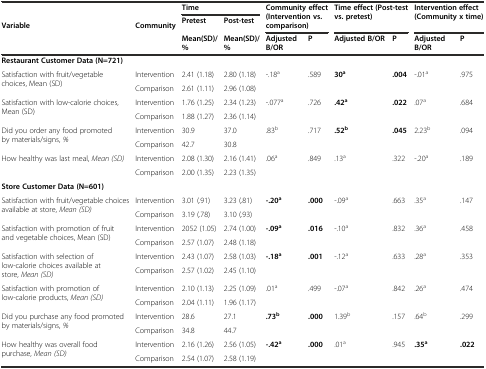
<table><thead><tr><td rowspan="2"><b>Variable</b></td><td rowspan="2"><b>Community</b></td><td colspan="2"><b>Time</b></td><td rowspan="2" colspan="2"><b>Community effect(Intervention vs. comparison)</b></td><td rowspan="2" colspan="2"><b>Time effect (Post-test vs. pretest)</b></td><td rowspan="2" colspan="2"><b>Intervention effect (Community x time)</b></td></tr><tr><td><b>Pretest</b></td><td><b>Post-test</b></td></tr><tr><td></td><td></td><td><b>Mean(SD)/%</b></td><td><b>Mean(SD)/%</b></td><td><b>Adjusted B/OR</b></td><td><b>P</b></td><td><b>Adjusted B/OR</b></td><td><b>P</b></td><td><b>Adjusted B/OR</b></td><td><b>P</b></td></tr></thead><tbody><tr><td><b>Restaurant Customer Data (N=721)</b></td><td></td><td></td><td></td><td></td><td></td><td></td><td></td><td></td><td></td></tr><tr><td rowspan="2">Satisfaction with fruit/vegetable choices, Mean (SD)</td><td>Intervention</td><td>2.41 (1.18)</td><td>2.80 (1.18)</td><td rowspan="2">-.18<sup>a</sup></td><td rowspan="2">.589</td><td rowspan="2"><b>30</b><sup><b>a</b></sup></td><td rowspan="2"><b>.004</b></td><td rowspan="2">-.01<sup>a</sup></td><td rowspan="2">.975</td></tr><tr><td>Comparison</td><td>2.61 (1.11)</td><td>2.96 (1.08)</td></tr><tr><td rowspan="2">Satisfaction with low-calorie choices, Mean (SD)</td><td>Intervention</td><td>1.76 (1.25)</td><td>2.34 (1.23)</td><td rowspan="2">-.077<sup>a</sup></td><td rowspan="2">.726</td><td rowspan="2"><b>.42</b><sup><b>a</b></sup></td><td rowspan="2"><b>.022</b></td><td rowspan="2">.07<sup>a</sup></td><td rowspan="2">.684</td></tr><tr><td>Comparison</td><td>1.88 (1.27)</td><td>2.36 (1.14)</td></tr><tr><td rowspan="2">Did you order any food promoted by materials/signs, <i>%</i></td><td>Intervention</td><td>30.9</td><td>37.0</td><td rowspan="2">.83<sup>b</sup></td><td rowspan="2">.717</td><td rowspan="2"><b>.52</b><sup><b>b</b></sup></td><td rowspan="2"><b>.045</b></td><td rowspan="2">2.23<sup>b</sup></td><td rowspan="2">.094</td></tr><tr><td>Comparison</td><td>42.7</td><td>30.8</td></tr><tr><td rowspan="2">How healthy was last meal, <i>Mean (SD)</i></td><td>Intervention</td><td>2.08 (1.30)</td><td>2.16 (1.41)</td><td rowspan="2">.06<sup>a</sup></td><td rowspan="2">.849</td><td rowspan="2">.13<sup>a</sup></td><td rowspan="2">.322</td><td rowspan="2">-.20<sup>a</sup></td><td rowspan="2">.189</td></tr><tr><td>Comparison</td><td>2.00 (1.35)</td><td>2.23 (1.35)</td></tr><tr><td><b>Store Customer Data (N=601)</b></td><td></td><td></td><td></td><td></td><td></td><td></td><td></td><td></td><td></td></tr><tr><td rowspan="2">Satisfaction with fruit/vegetable choices available at store, <i>Mean (SD)</i></td><td>Intervention</td><td>3.01 (.91)</td><td>3.23 (.81)</td><td rowspan="2"><b>-.20</b><sup><b>a</b></sup></td><td rowspan="2"><b>.000</b></td><td rowspan="2">-.09<sup>a</sup></td><td rowspan="2">.663</td><td rowspan="2">.35<sup>a</sup></td><td rowspan="2">.147</td></tr><tr><td>Comparison</td><td>3.19 (.78)</td><td>3.10 (.93)</td></tr><tr><td rowspan="2">Satisfaction with promotion of fruit and vegetable choices, Mean (SD)</td><td>Intervention</td><td>2052 (1.05)</td><td>2.74 (1.00)</td><td rowspan="2"><b>-.09</b><sup><b>a</b></sup></td><td rowspan="2"><b>.016</b></td><td rowspan="2">-.10<sup>a</sup></td><td rowspan="2">.832</td><td rowspan="2">.36<sup>a</sup></td><td rowspan="2">.458</td></tr><tr><td>Comparison</td><td>2.57 (1.07)</td><td>2.48 (1.18)</td></tr><tr><td rowspan="2">Satisfaction with selection of low-calorie choices available at store, <i>Mean (SD)</i></td><td>Intervention</td><td>2.43 (1.07)</td><td>2.58 (1.03)</td><td rowspan="2"><b>-.18</b><sup><b>a</b></sup></td><td rowspan="2"><b>.001</b></td><td rowspan="2">-.12<sup>a</sup></td><td rowspan="2">.633</td><td rowspan="2">.28<sup>a</sup></td><td rowspan="2">.353</td></tr><tr><td>Comparison</td><td>2.57 (1.02)</td><td>2.45 (1.10)</td></tr><tr><td rowspan="2">Satisfaction with promotion of low-calorie products, <i>Mean (SD)</i></td><td>Intervention</td><td>2.10 (1.13)</td><td>2.25 (1.09)</td><td rowspan="2">.01<sup>a</sup></td><td rowspan="2">.499</td><td rowspan="2">-.07<sup>a</sup></td><td rowspan="2">.842</td><td rowspan="2">.26<sup>a</sup></td><td rowspan="2">.474</td></tr><tr><td>Comparison</td><td>2.04 (1.11)</td><td>1.96 (1.17)</td></tr><tr><td rowspan="2">Did you purchase any food promoted by materials/signs, <i>%</i></td><td>Intervention</td><td>28.6</td><td>27.1</td><td rowspan="2"><b>.73</b><sup><b>b</b></sup></td><td rowspan="2"><b>.000</b></td><td rowspan="2">1.39<sup>b</sup></td><td rowspan="2">.157</td><td rowspan="2">.64<sup>b</sup></td><td rowspan="2">.299</td></tr><tr><td>Comparison</td><td>34.8</td><td>44.7</td></tr><tr><td rowspan="2">How healthy was overall food purchase, <i>Mean (SD)</i></td><td>Intervention</td><td>2.16 (1.26)</td><td>2.56 (1.05)</td><td rowspan="2"><b>-.42</b><sup><b>a</b></sup></td><td rowspan="2"><b>.000</b></td><td rowspan="2">.01<sup>a</sup></td><td rowspan="2">.945</td><td rowspan="2"><b>.35</b><sup><b>a</b></sup></td><td rowspan="2"><b>.022</b></td></tr><tr><td>Comparison</td><td>2.54 (1.07)</td><td>2.58 (1.19)</td></tr></tbody></table>